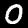
Label: 0